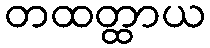
တထတ္ထာယ